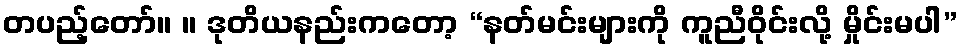
တပည့်တော်။ ။ ဒုတိယနည်းကတော့ “နတ်မင်းများကို ကူညီဝိုင်းလို့ မှိုင်းမပါ”